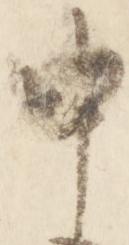
申